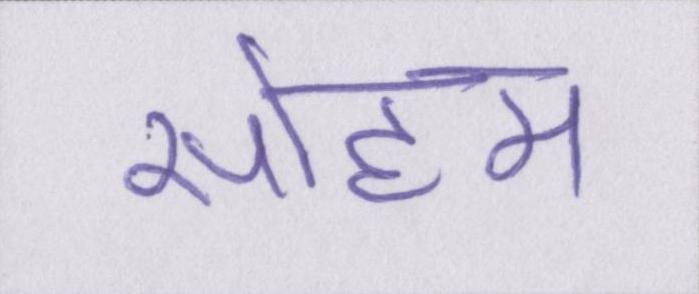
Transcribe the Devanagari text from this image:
सोहम